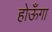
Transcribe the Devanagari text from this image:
होऊँगा